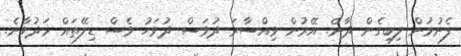
ފެށުމުން ލިބިގެން ދާނެ. އޭރުން ވިއްސާރަ ދުވަސް ދުވަހު ވެސް ޑިލޭތައް މަދުވާނެ.